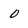
Character: 0